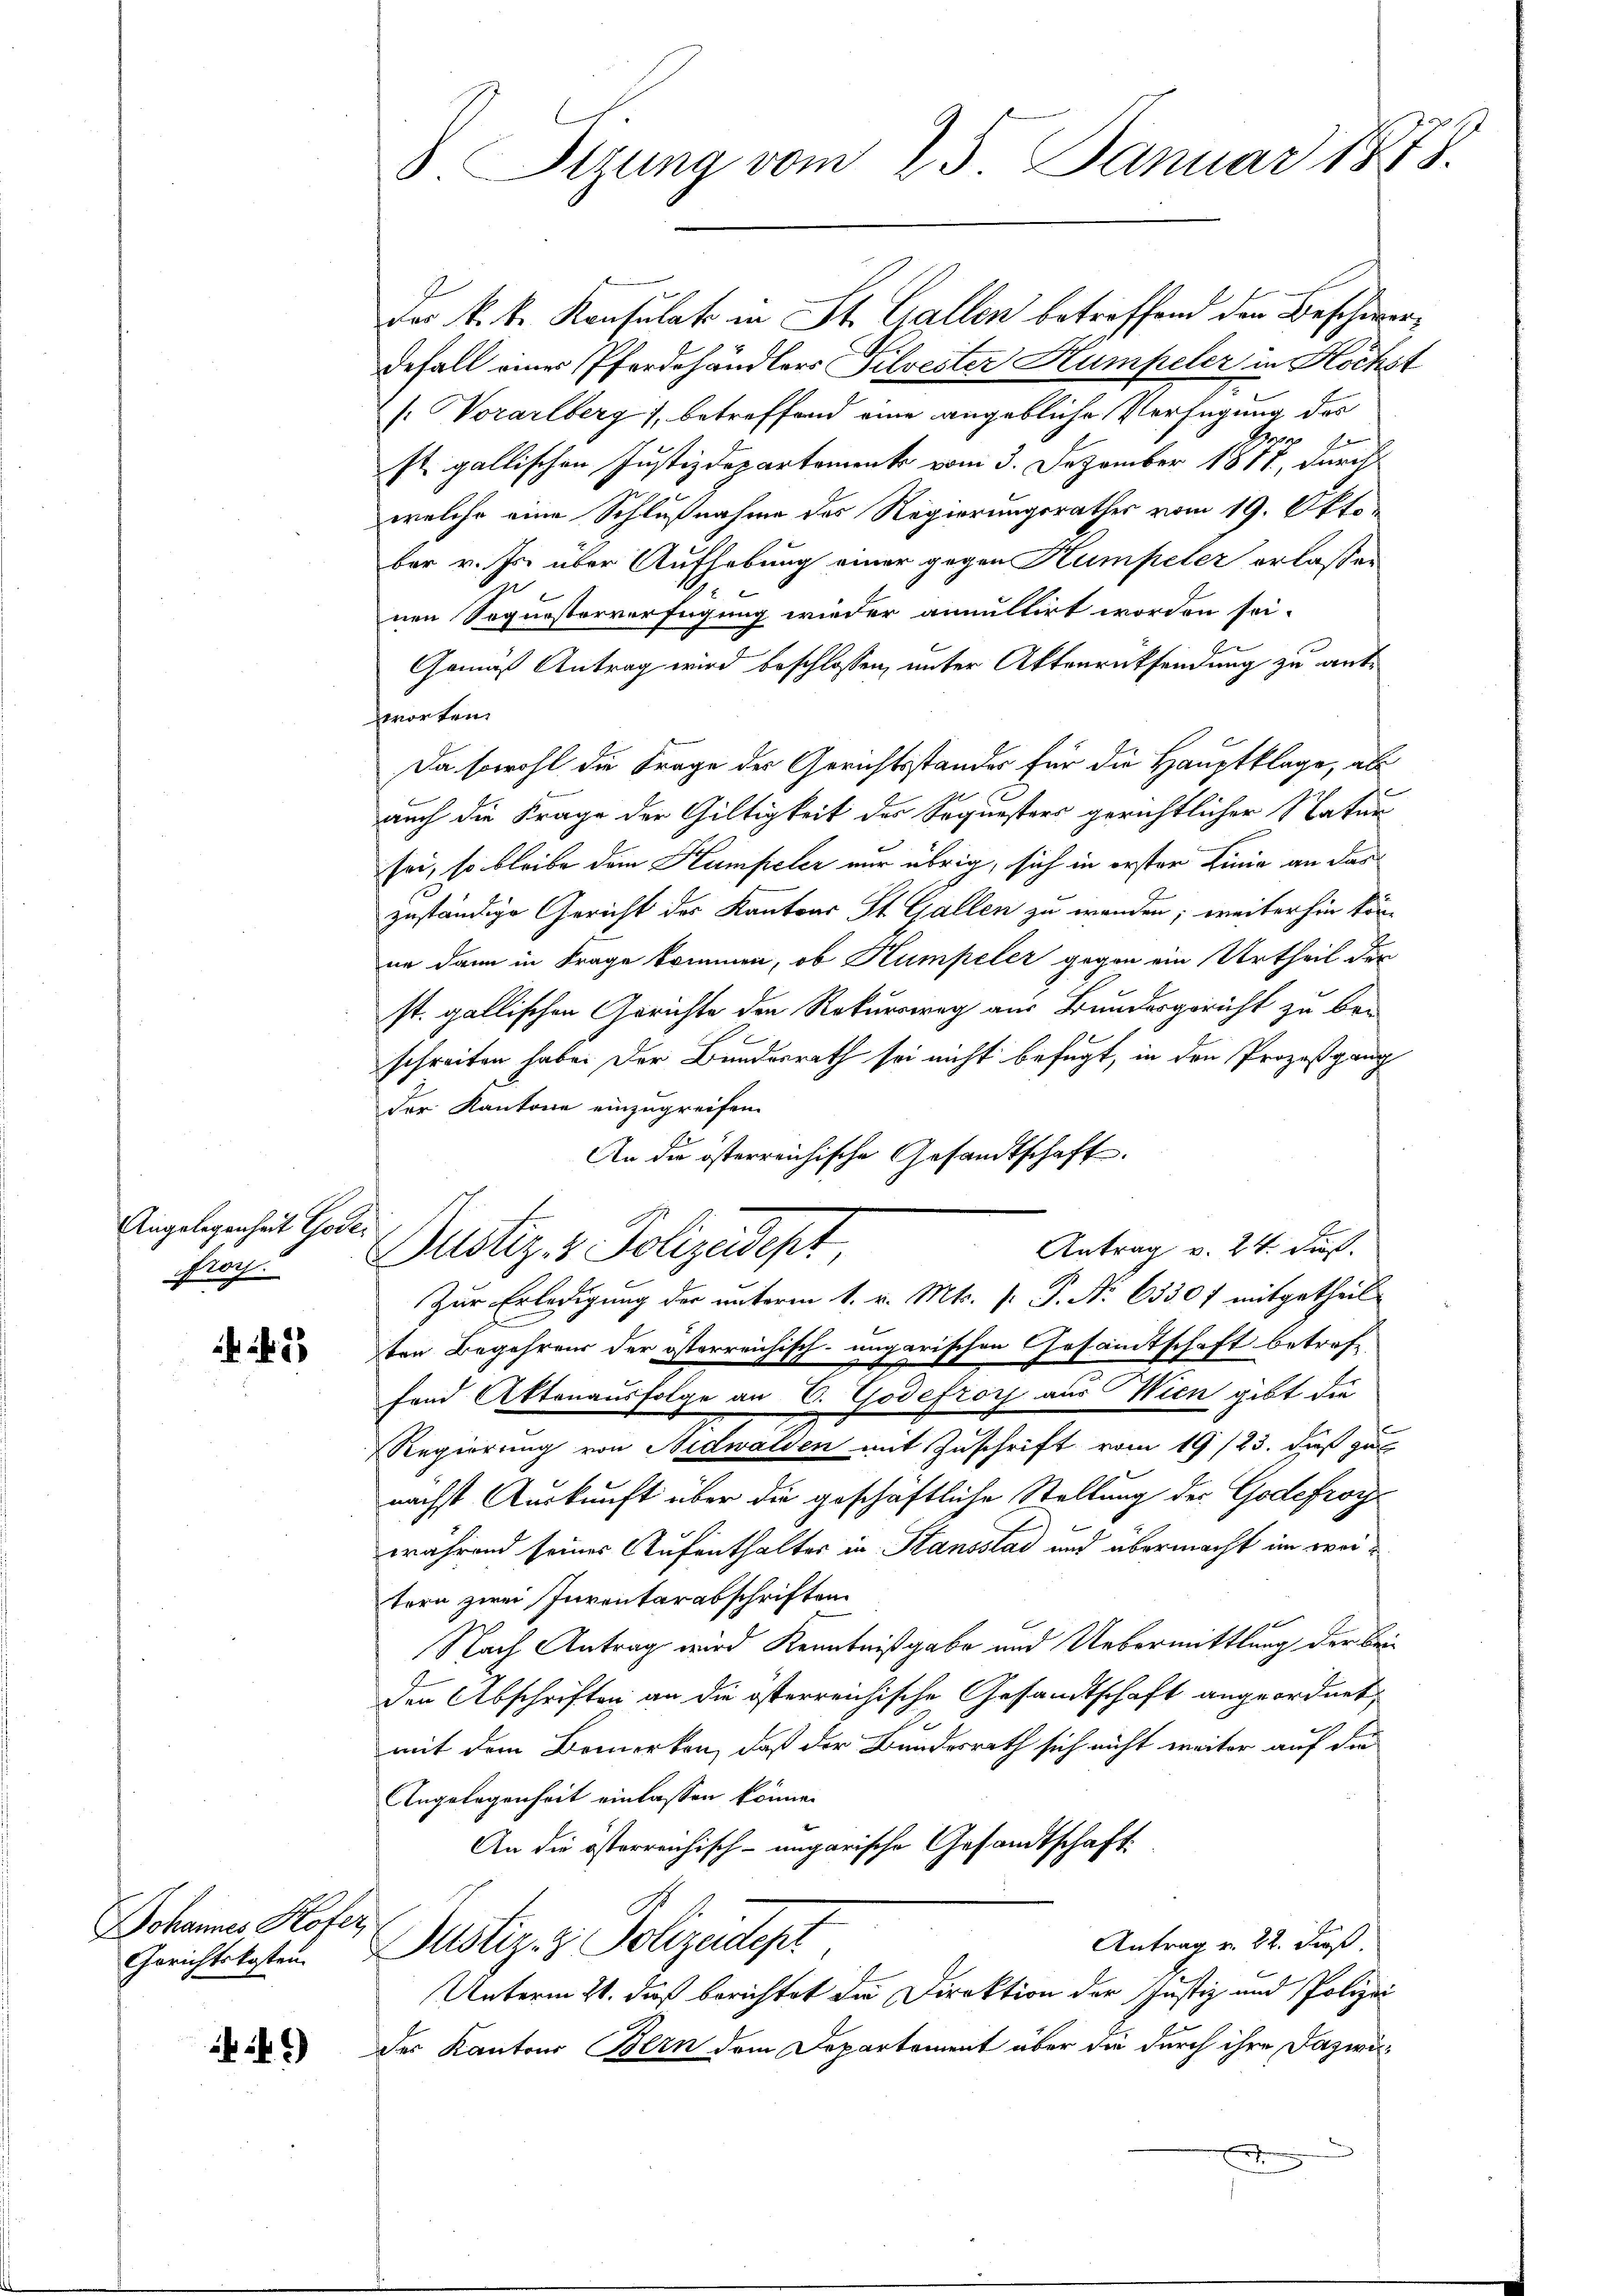
Angelegenheit Gode.
frog.

5

Das k. k. Konsulat in St. Gallen betreffend den Beschwerdefall einer Pferdehändlers Pilvester Humpeler in Höchst
(: Vorarlberg), betreffend eine angebliche Verfügung des
st. gallischen Justizdepartement vom 3. Dezember 1877, durch
welche eine Schlußnahme des Regierungsrathes vom 19. Oktober v. Js. über Aufhebung einer gegen Humpeler erlassen
nen Soquesterverfügung wieder annultirt worden sei.
Gemäß Antrag wird beschlossen, unter Aktenrücksendung zu antworten.
Da sowohl die Frage der Gerichtsstandes für die Hauptklage, als
auch die Frage der Giltigkeit des Sequesters gerichtlicher Natur
sei, so bleibe dem Humpeler nur übrig, sich in erster Linie an das
zuständige Gericht des Kantons St. Gallen zu wenden; weiter hin kön-
ne dann in Frage kommen, ob Humpeler gegen ein Urtheil der
st. gallischen Gerichte den Rekursweg aus Bundesgericht zu ber
schreiten habe. Der Bundesrath sei nicht befugt, in den Prozeßgang
der Kantone einzugreifen.
An die österreichische Gesandtschaft.
Antrag v. 24. Fuß.
Justiz- & Polizeidept
Zur Erledigung der unterm 1. v. Mts. f. P. No 6330 f mitgetheilten Begehrens der österreichisch-ungarischen Gesamtschaft betreff
fand Aktenausfolge an C. Godefror aus Wien gibt die
Regierung von Nidwalden mit Zuschrift vom 19/23. daß gut
nächst Auskunft über die geschaftliche Stellung des Godefroywährend seines Aufenthalter in Stansstad und übermacht im weitern zwei Inventarabschriften.
Nach Antrag wird Kenntnißgabe und Uebermittlung der Beiden Abschriften an die österreichische Gesandtschaft angeordnet,
.
mit dem Bemerken, daß der Bundesrath sich nicht weiter auf die
Angelegenheit einlassen könne.
An die österreichisch-ungarische Gesandtschaft
Antrag v. 22. Fuß.
Justiz- & Polizeidept
Unterm 21. daß berichtet die Direktion der Justiz und Polizei
des Kantons Bern dem Departement über die durch ihre Dazwi¬

Johannes Hofer,
Gerichtskosten.

5)

Sizung vom 25. Januar 1878.